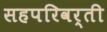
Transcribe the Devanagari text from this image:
सहपरिवर्ती